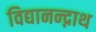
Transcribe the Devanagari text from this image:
विद्यानन्द्नाथ